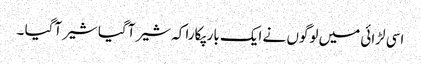
اسی لڑائی میں لوگوں نے ایک بار پکارا کہ شیر آگیا شیر آگیا ۔